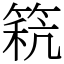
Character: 𥮕